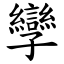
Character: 孿